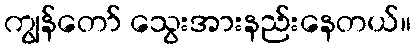
ကျွန်တော် သွေးအားနည်းနေတယ်။